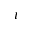
\iota